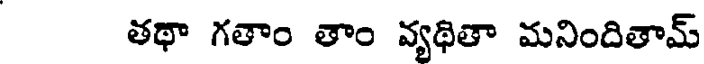
తథా గతాం తాం వ్యథితా మనిందితామ్